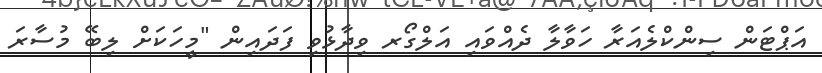
އަޕްޓަން ސިންކްލެއަރާ ހަވާލާ ދެއްވައި އަލްގޯރ ވިދާޅުވި ފަދައިން "މީހަކަށް ލިބޭ މުސާރަ